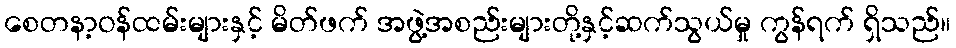
စေတနာ့ဝန်ထမ်းများနှင့် မိတ်ဖက် အဖွဲ့အစည်းများတို့နှင့်ဆက်သွယ်မှု ကွန်ရက် ရှိသည်။